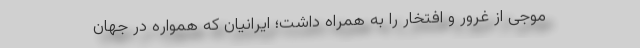
موجی از غرور و افتخار را به همراه داشت؛ ایرانیان که همواره در جهان